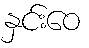
နှင်းဝေ